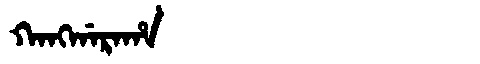
Manchu: ᡴᠠᠩᡤᠠᡵᠠᡥᠠ
Romanization: KANGGARAHA